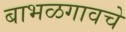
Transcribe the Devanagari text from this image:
बाभळगावचे